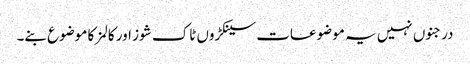
درجنوں نہیں یہ موضوعات سینکڑوں ٹاک شوز اور کالمز کا موضوع بنے۔